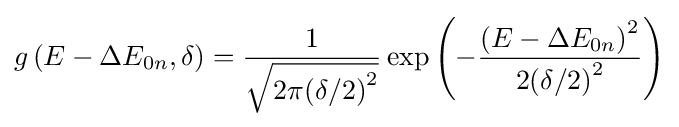
g\left(E-\Delta {{E}_{0n}},\delta \right)={\frac {1}{\sqrt {2\pi {{\left(\delta /2\right)}^{2}}}}}\exp \left(-{\frac {{\left(E-\Delta {{E}_{0n}}\right)}^{2}}{2{{\left(\delta /2\right)}^{2}}}}\right)